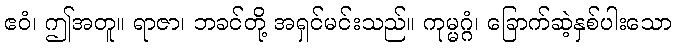
ဧဝံ၊ ဤအတူ။ ရာဇာ၊ ဘခင်တို့ အရှင်မင်းသည်။ ကုမ္မဂ္ဂံ၊ ခြောက်ဆဲ့နှစ်ပါးသော